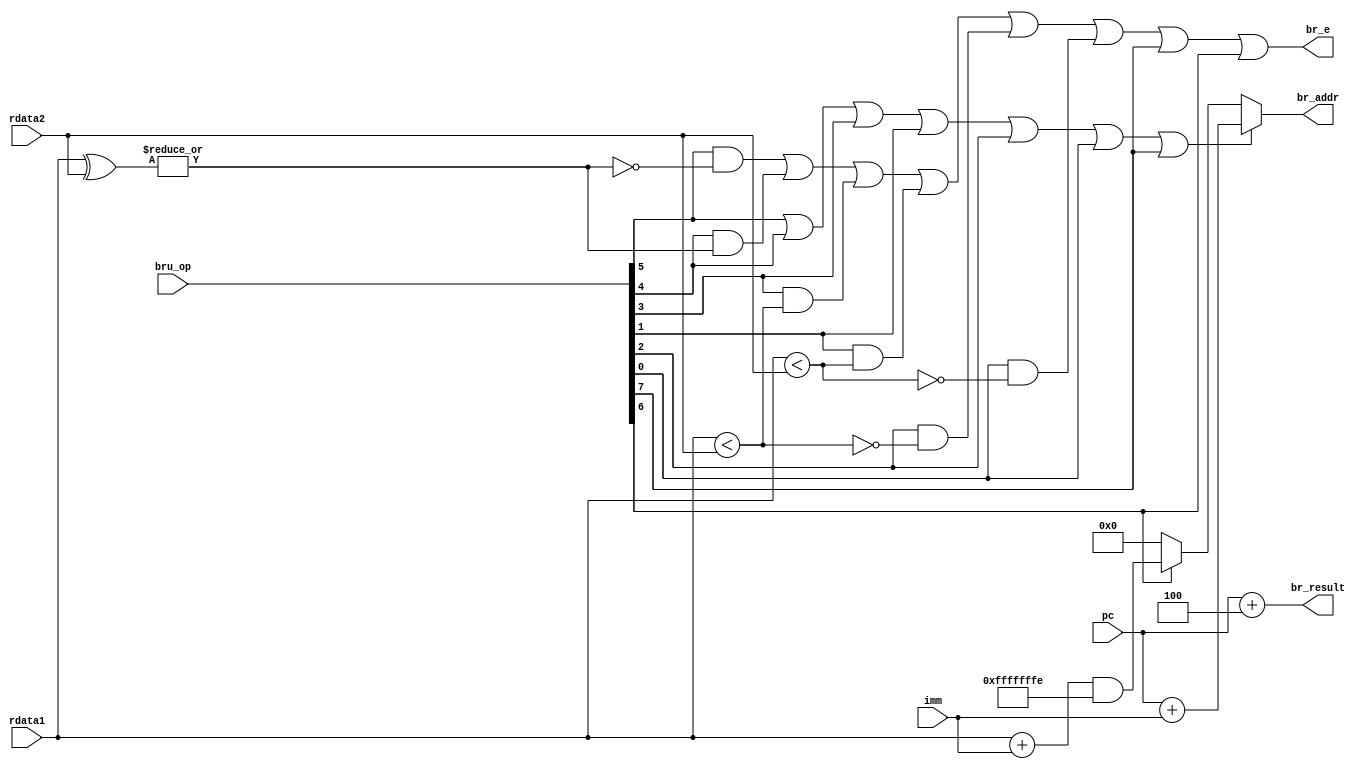
// the branch r? unit, to decide whether or not branch jump
module bru(
    input wire [63:0] pc,
    input wire [7:0] bru_op,
    input wire [63:0] rdata1,
    input wire [63:0] rdata2,
    input wire [63:0] imm,

    output wire br_e,             // control signal, to decide whether or not jump
    output wire [63:0] br_addr,   // the jump address

    // the next address of current pc, may write the reg and return in some time
    // current pc + 4
    output wire [63:0] br_result 
);

    wire inst_beq, inst_bne, inst_blt, inst_bge, inst_bltu, inst_bgeu, inst_jal, inst_jalr;

    //extract the branch inst
    assign {
        inst_jal, inst_jalr, inst_beq, inst_bne,
        inst_blt, inst_bge, inst_bltu, inst_bgeu
    } = bru_op;

    wire rs1_eq_rs2;
    wire rs1_ne_rs2;
    wire rs1_lt_rs2;
    wire rs1_ltu_rs2;
    wire rs1_ge_rs2;
    wire rs1_geu_rs2;

    // equal, not equal, low(signed), low(unsigned), greater and equal(signed)
    // greater and equal(unsigned)
    assign rs1_eq_rs2 = ~rs1_ne_rs2;
    assign rs1_ne_rs2 = |(rdata1 ^ rdata2);
    assign rs1_lt_rs2 = ($signed(rdata1) < $signed(rdata2));
    assign rs1_ltu_rs2 = rdata1 < rdata2;
    assign rs1_ge_rs2 = ~rs1_lt_rs2;
    assign rs1_geu_rs2 = ~rs1_ltu_rs2;

    wire [63:0] pc_plus_imm; 
    wire [63:0] rs_plus_imm;
    assign pc_plus_imm = pc + imm;

    //for jalr, set the least-significant bit to zero;
    assign rs_plus_imm = (rdata1 + imm) & 32'hfffffffe;

    // to determine whether to jump
    assign br_e = inst_beq & rs1_eq_rs2
                | inst_bne & rs1_ne_rs2
                | inst_blt & rs1_lt_rs2
                | inst_bltu & rs1_ltu_rs2
                | inst_bge & rs1_ge_rs2
                | inst_bgeu & rs1_geu_rs2
                | inst_jal
                | inst_jalr;

    assign br_addr = inst_beq | inst_bne | inst_blt | inst_bltu | inst_bge | inst_bgeu | inst_jal ? pc_plus_imm 
                    :inst_jalr ? rs_plus_imm : 64'b0;

    //bru 
    assign br_result = pc + 4'd4;

endmodule